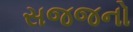
સજજનો